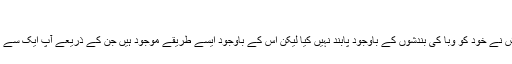
'
گو کہ ایک سے زائد ساتھیوں کی خواہش نے خود کو وبا کی بندشوں کے باوجود پابند نہیں کیا لیکن اس کے باوجود ایسے طریقے موجود ہیں جن کے ذریعے آپ ایک سے زائد ساتھی سے رابطہ رکھ سکتے ہیں۔